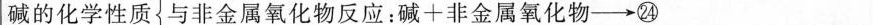
碱的化学性质 与非金属氧化物反应：碱+非金属氧化物\longrightarrow ㉔___